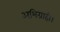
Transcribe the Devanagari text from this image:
अभिग्राही।